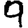
Digit: 9